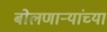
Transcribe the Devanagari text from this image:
बोलणाऱ्यांच्या